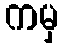
ကမှ